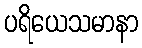
ပရိယေသမာနာ